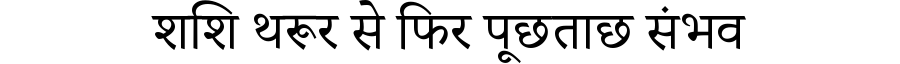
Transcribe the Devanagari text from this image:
शशि थरूर से फिर पूछताछ संभव